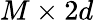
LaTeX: M\times 2d